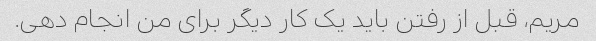
مریم، قبل از رفتن باید یک کار دیگر برای من انجام دهی.